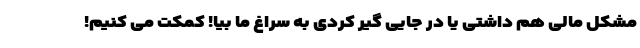
مشکل مالی هم داشتی یا در جایی گیر کردی به سراغ ما بیا! کمکت می کنیم!